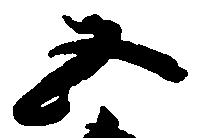
五